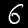
Label: 6